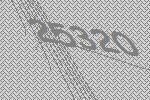
25320